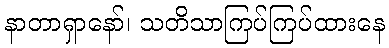
နာတာရှာနော်၊ သတိသာကြပ်ကြပ်ထားနေ